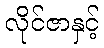
လိုင်ဇာနှင့်